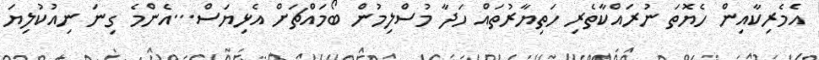
އެމެރިކާއިން ހެޔޮތަ ނުރައްކާތެރި ހަތިޔާރުތައް ހަދާ މުސްލިމުން ބޯމައްޗަށް އެޅިޔަސް...އެންމެ ގިނަ ނިއުކުލިޔަ